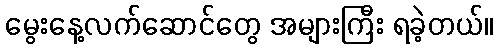
မွေးနေ့လက်ဆောင်တွေ အများကြီး ရခဲ့တယ်။